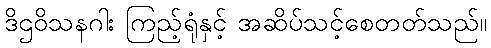
ဒိဌဝိသနဂါး ကြည့်ရုံနှင့် အဆိပ်သင့်စေတတ်သည်။